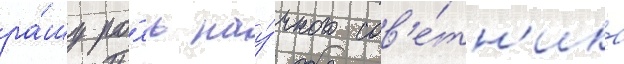
ра́шу ро́ль нау́чного сов'е́тн'ика